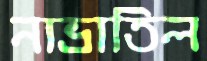
নাভ্রাতিল